Lunatic asylums Punjab 1895-1910 - 1895-1910
Year: 1895
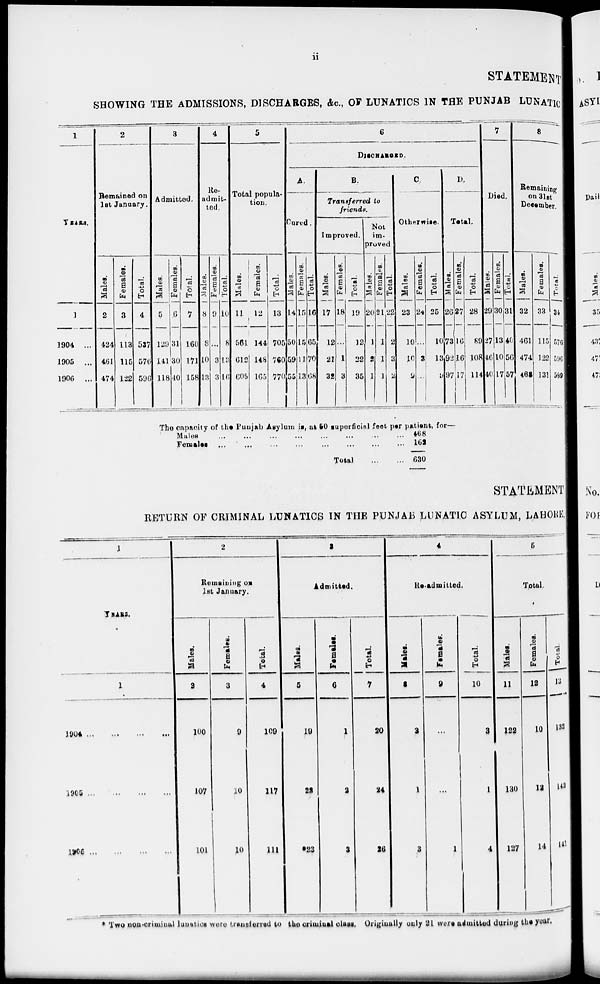
ii
STATEMENT
SHOWING THE ADMISSIONS, DISCHARGES, &c., OF LUNATICS IN THE PUNJAB LUNATIC
1
YEARS.
1
1904 ...
1905 ...
1906 ...
2
Remained on
1st January.
Males.
2
424
461
474
Females.
3
113
115
122
Total.
4
537
576
596
3
Admitted.
Males.
5
129
141
118
Females.
6
31
30
40
Total.
7
160
171
158
4
Re-
admit-
ted.
Males.
8
8
10
13
Females.
9
...
3
3
Total.
10
8
13
16
5
Total popula-
tion.
Males.
11
561
612
605
Females.
12
144
148
165
Total.
13
705
760
770
6
DISCHARGED.
A.
Cured.
Males.
14
50
59
55
Females.
15
15
11
13
Total.
16
65
70
68
B.
Transferred to
friends.
Improved.
Males.
17
12
21
32
Females.
18
...
1
3
Total.
19
12
22
35
Not
im-
proved
Males.
20
1
2
1
Females.
21
1
1
1
Total.
22
2
3
2
C.
Otherwise.
Males.
23
10
10
2
Females.
24
...
3
...
Total.
25
10
13
9
D.
Total.
Males.
26
73
92
97
Females.
27
16
16
17
Total.
28
89
108
114
7
Died.
Males.
29
27
46
40
Females.
30
13
10
17
Total.
31
46
56
57
8
Remaining
on 31st
December.
Males.
32
461
474
463
Females.
33
115
122
131
Total.
34
576
596
599
The capacity of the Punjab Asylum is, at 50 superficial feet per patient, for—
Males ... ... ... ... ... ... ... ...
Females ... ... ... ... ... ... ... ...
Total
...
...
468
162
630
STATEMENT
RETURN OF CRIMINAL LUNATICS IN THE PUNJAB LUNATIC ASYLUM, LAHORE,
1
YEARS.
1
1904
...
...
...
...
1905
...
...
...
...
1906 ...
...
...
...
2
Remaining on
1st January.
Males.
2
100
107
101
Females.
3
9
10
10
Total.
4
109
117
111
3
Admitted.
Males.
5
19
22
*23
Females.
6
1
2
3
Total.
7
20
24
26
4
Re-admitted.
Males.
8
3
1
3
Females.
9
...
...
1
Total.
10
3
1
4
5
Total.
Males.
11
122
130
127
Females.
12
10
12
14
Total.
13
132
142
141
* Two non-criminal lunatics were transferred to the criminal class. Originally only 21 were admitted during the year.